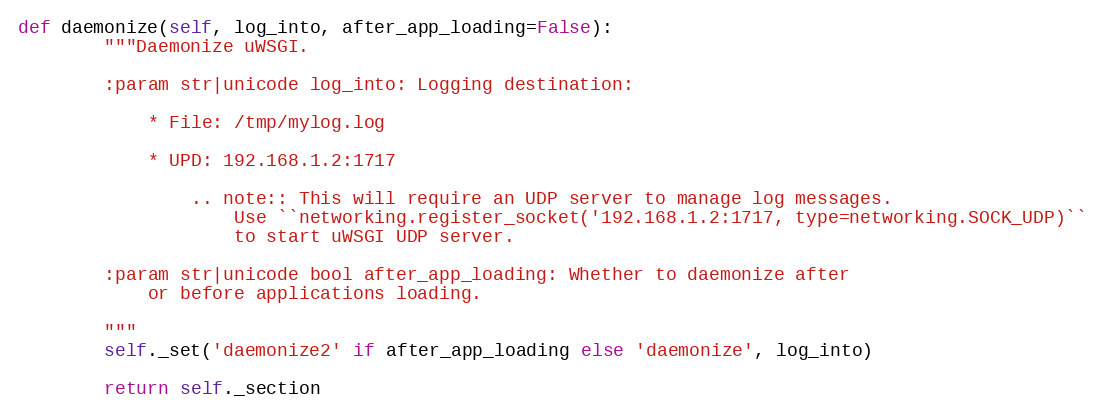
Language: Python
def daemonize(self, log_into, after_app_loading=False):
        """Daemonize uWSGI.

        :param str|unicode log_into: Logging destination:

            * File: /tmp/mylog.log

            * UPD: 192.168.1.2:1717

                .. note:: This will require an UDP server to manage log messages.
                    Use ``networking.register_socket('192.168.1.2:1717, type=networking.SOCK_UDP)``
                    to start uWSGI UDP server.

        :param str|unicode bool after_app_loading: Whether to daemonize after
            or before applications loading.

        """
        self._set('daemonize2' if after_app_loading else 'daemonize', log_into)

        return self._section